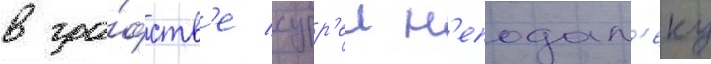
в гра́фств'е сурр'еи н'еподал'еку